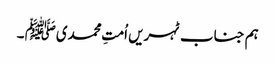
ہم جناب ٹہریں اُمتِ محمدیﷺ ۔